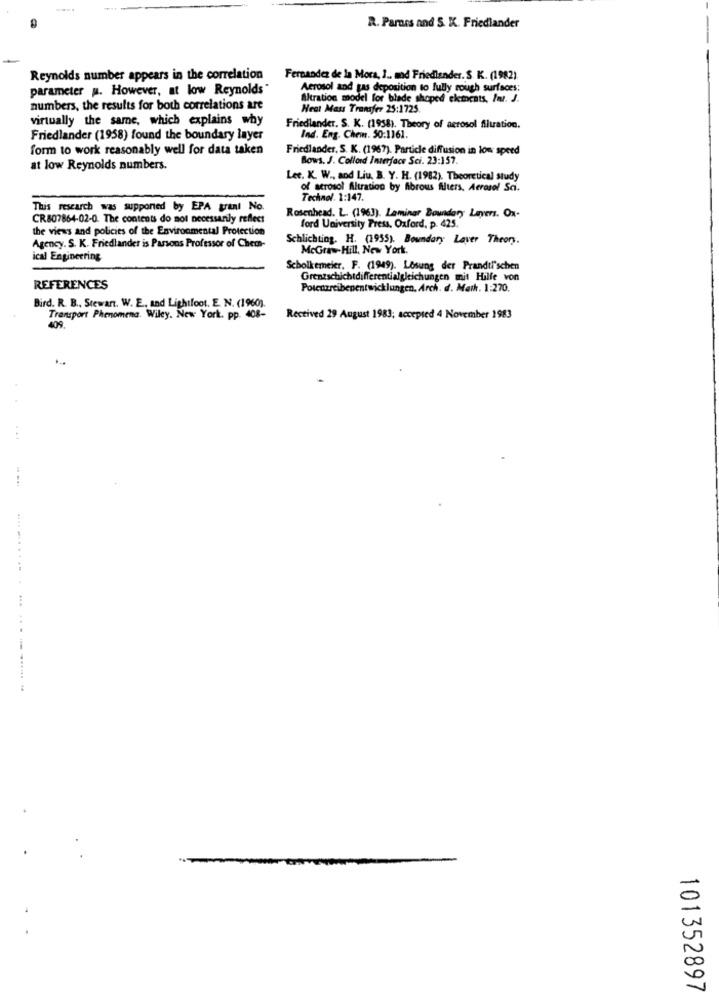
R. Paross and S. K. Friedlander
Reynolds number appears in the correlation Fernandez de la Mora, 1 .. mad Friedlander. S. K. (1982).
parameter u. However, at low Reynolds"
Aerosol and gas deposition to fully rough surfaces:
Altration model for blade shoped elements, Inr. J.
numbers, the results for both correlations are
Heat Mass Transfer 25:1725.
virtually the same, which explains why
Friedlander. S. K. (1958). Theory of aerosol filtration.
Friedlander (1958) found the boundary layer
Ind. Eng. Chem. 50:1161.
form to work reasonably well for data taken
Friedlander, S. K. (1967). Particle diffusion in low speed
Bows. J. Collord Interface Sci. 23:157.
at low Reynolds numbers.
Lee. K. W ., and Liu, B. Y. H. (1982). Theoretical study
of aerosol Altration by fibrous filters. Aerosol Sci.
Technol. 1:147.
This research was supported by EPA grant No.
CR807864-02-0. The contents do not necessarily reflect
Rosenhead. L. (1963). Laminer Boundary Layers. Ox-
the views and policies of the Environmental Protection
ford University Press, Oxford, p. 425.
Schlichting. H. (1955). Boundary Laver Theory.
Agency. S. K. Friedlander is Parsons Professor of Chem-
McGrawHill, New York.
ical Engineering
Scholkemeier. F. (1949). Lösung der Prandit'schen
Grenzschichtdifferentialgleichungen mit Hilfe von
REFERENCES
Potenzreibenentwicklungen. Arch. d. Math. 1:270.
Bird. R. B ., Stewart. W. E. and Lightfoot. E. N. (1960).
Transport Phenomena. Wiley. New York. pp. 408-
Rectived 29 August 1983; accepted 4 November 1983
409.
101352897